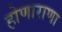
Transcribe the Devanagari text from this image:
होणाराणा